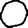
Digit: 0